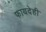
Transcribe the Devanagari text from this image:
फायदेही